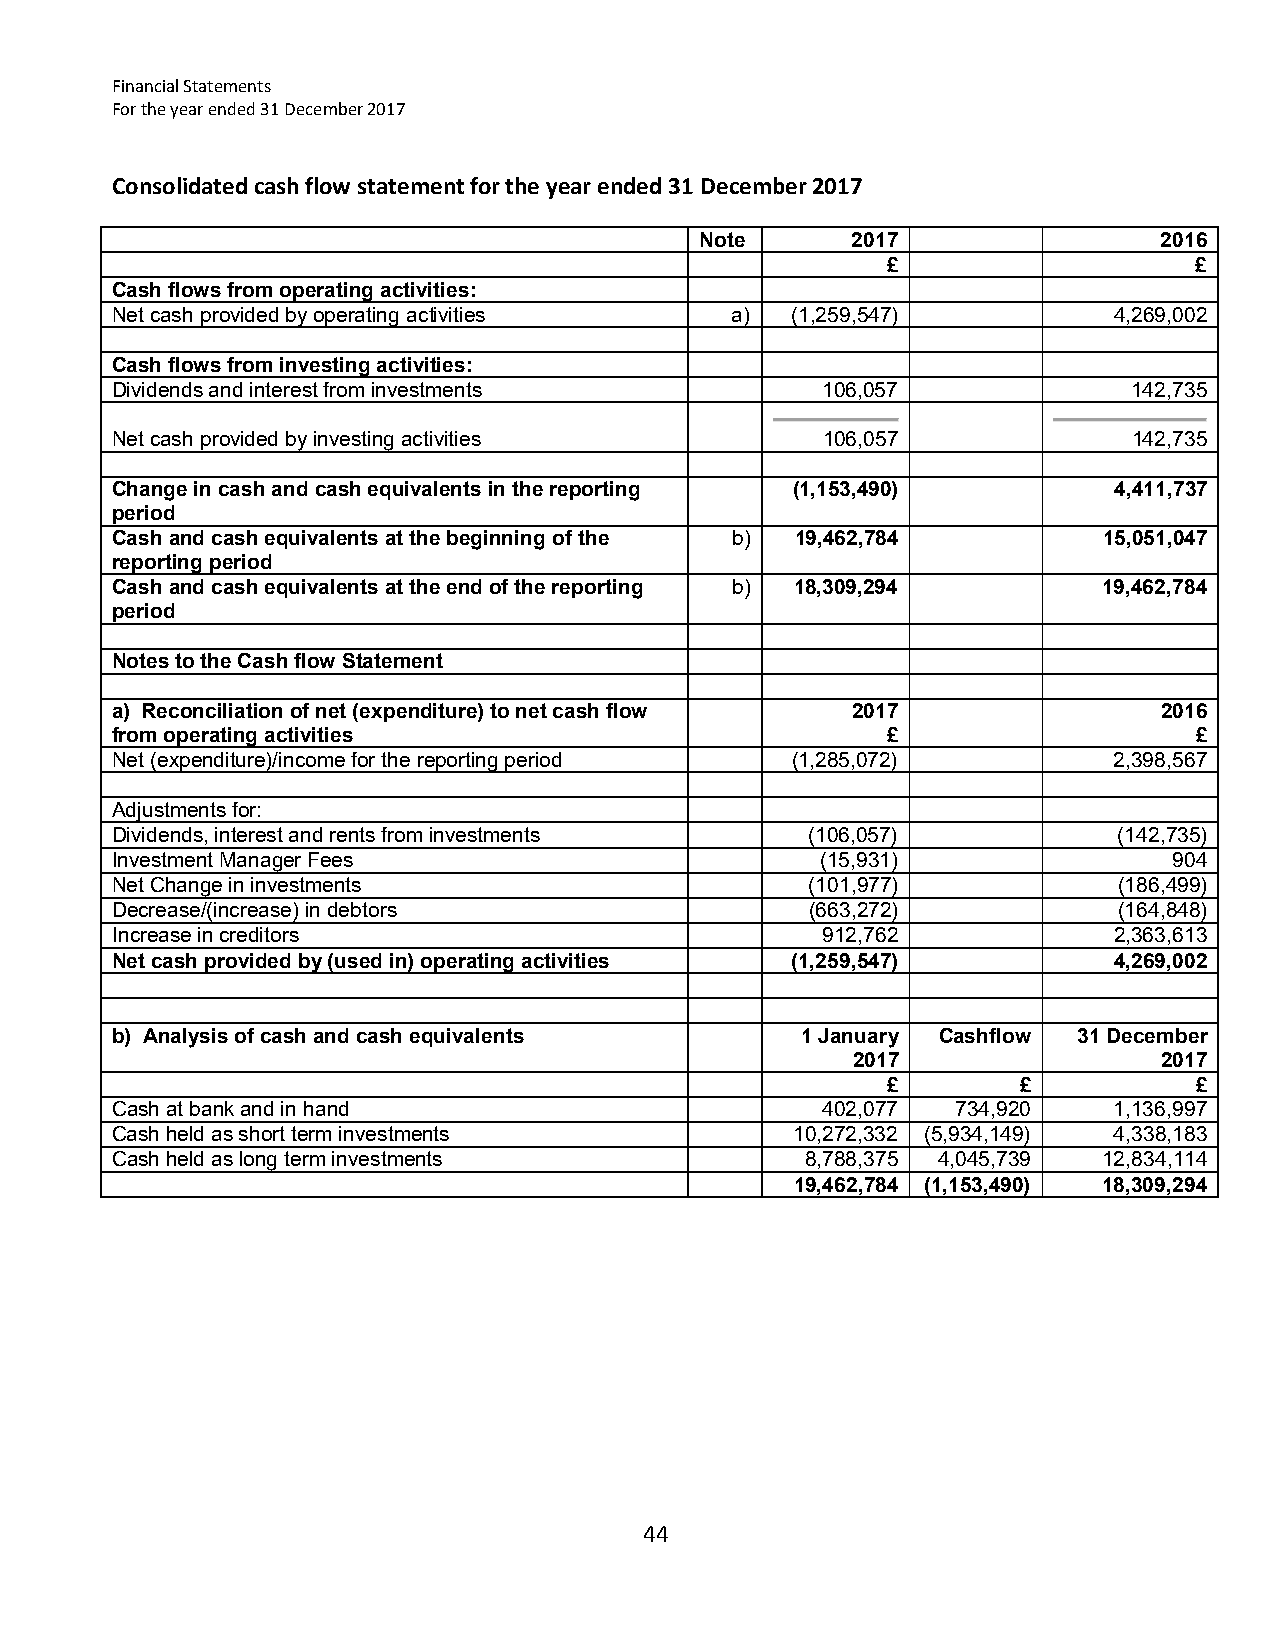
Financial Statements
 For the year ended 31 December 2017
 Consolidated cash flow statement for the year ended 31 December 2017
 Note      2017                 2016
 £                   £
 Cash flows from operating activities:
 Net cash provided by operating activities a) (1,259,547)           4,269,002
 Cash flows from investing activities:
 Dividends and interest from investments        106,057              142,735
 Net cash provided by investing activities      106,057              142,735
 Change in cash and cash equivalents in the reporting (1,153,490)   4,411,737
 period
 Cash and cash equivalents at the beginning of the b) 19,462,784   15,051,047
 reporting period
 Cash and cash equivalents at the end of the reporting b) 18,309,294 19,462,784
 period
 Notes to the Cash flow Statement
 a) Reconciliation of net (expenditure) to net cash flow 2017          2016
 from operating activities                           £                   £
 Net (expenditure)/income for the reporting period (1,285,072)      2,398,567
 Adjustments for:
 Dividends, interest and rents from investments (106,057)           (142,735)
 Investment Manager Fees                        (15,931)                904
 Net Change in investments                      (101,977)           (186,499)
 Decrease/(increase) in debtors                 (663,272)           (164,848)
 Increase in creditors                           912,762            2,363,613
 Net cash provided by (used in) operating activities (1,259,547)    4,269,002
 b) Analysis of cash and cash equivalents      1 January Cashflow 31 December
 2017                 2017
 £        £          £
 Cash at bank and in hand                       402,077  734,920    1,136,997
 Cash held as short term investments           10,272,332 (5,934,149) 4,338,183
 Cash held as long term investments            8,788,375 4,045,739 12,834,114
 19,462,784 (1,153,490) 18,309,294
 44